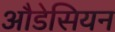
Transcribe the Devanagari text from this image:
औडेसियन